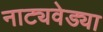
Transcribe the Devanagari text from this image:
नाट्यवेड्या